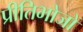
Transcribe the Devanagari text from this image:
प्रीतिभोजों